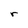
Character: r